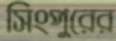
সিংপুরের